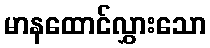
မာနထောင်လွှားသော